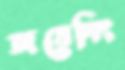
জয়েনিং